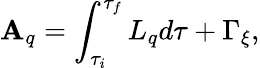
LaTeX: \mathbf{A}_{q}=\int_{\tau_{i}}^{\tau_{f}}L_{q}d\tau+\Gamma_{\xi},